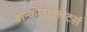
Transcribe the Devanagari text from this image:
ब्रॉन्कोडाइलेटर्स